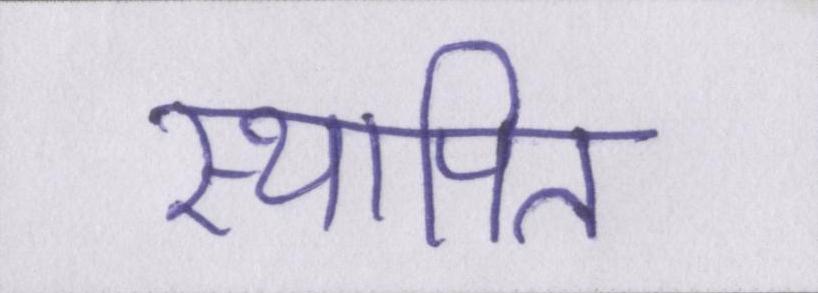
स्थापित